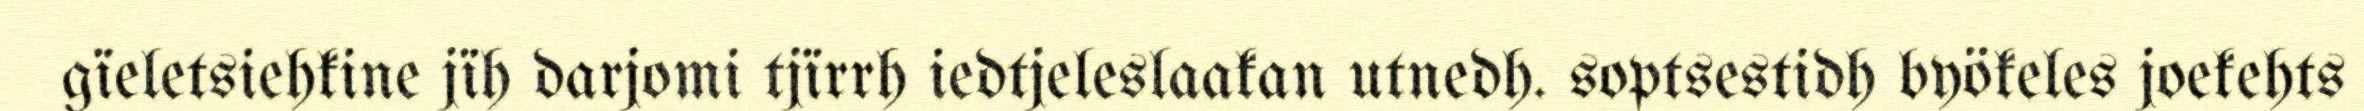
gïeletsiehkine jïh darjomi tjïrrh iedtjeleslaakan utnedh. soptsestidh byökeles joekehts